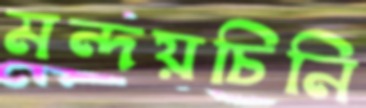
মন্দয়চিনি